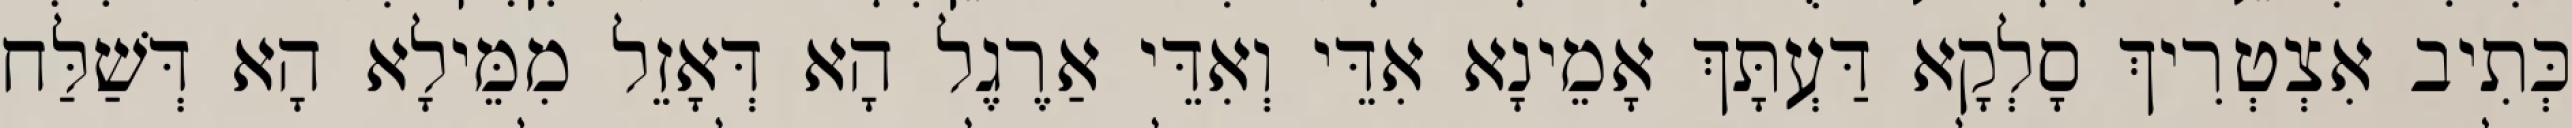
כְּתִיב אִצְטְרִיךְ סָלְקָא דַּעְתָּךְ אָמֵינָא אִדֵּי וְאִדֵּי אַרֶגֶל הָא דְּאָזֵל מִמֵּילָא הָא דְּשַׁלַּח